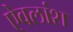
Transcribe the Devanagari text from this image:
ऐवलांश